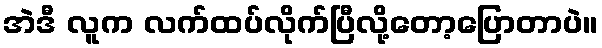
အဲဒီ လူက လက်ထပ်လိုက်ပြီလို့တော့ပြောတာပဲ။